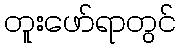
တူးဖော်ရာတွင်